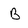
Character: B